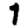
Digit: 1